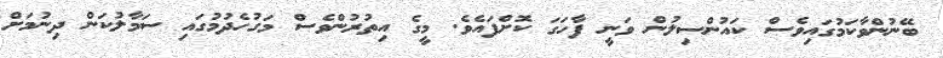
ބޭނުންވާކަމުގައިވެސް ކައުންސިލުން ވަނީ ފާހަގަ ކޮށްފައެވެ. މީގެ އިތުރުންވެސް މަގުހެދުމުގައި ސަމާލުކަން ދިނުމަށް